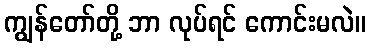
ကျွန်တော်တို့ ဘာ လုပ်ရင် ကောင်းမလဲ။